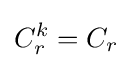
C_{r}^{k}=C_{r}